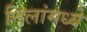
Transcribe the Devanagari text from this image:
निलांमध्ये